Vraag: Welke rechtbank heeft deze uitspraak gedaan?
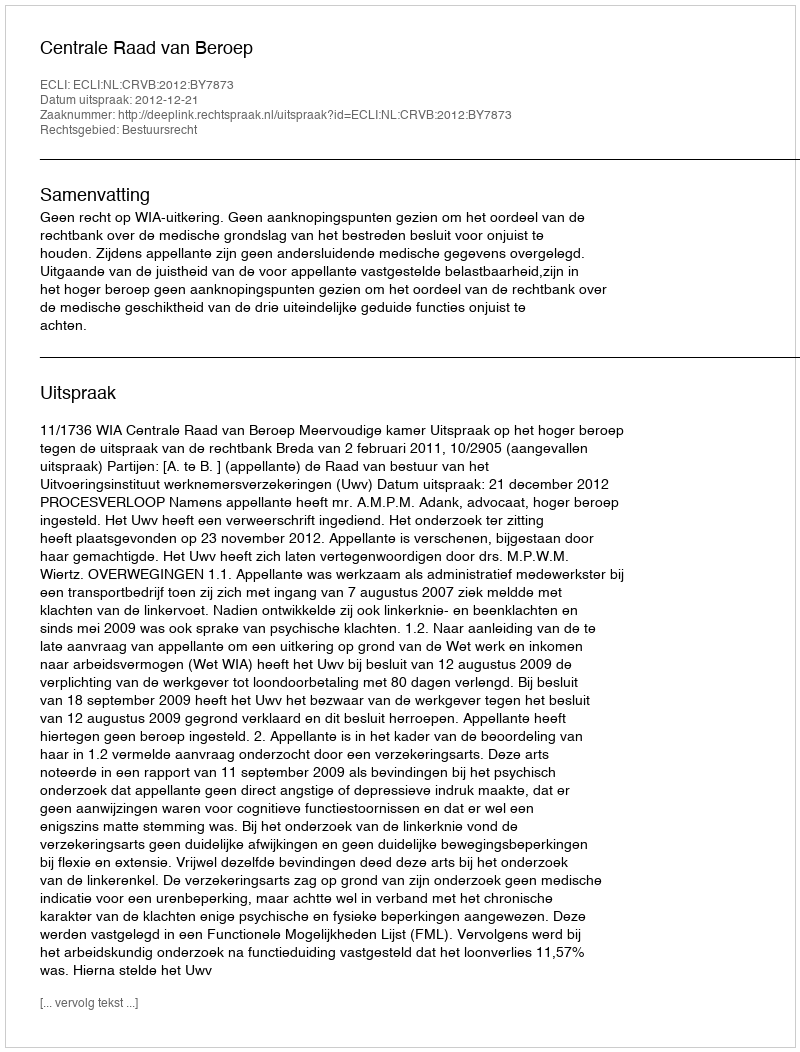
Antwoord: Centrale Raad van Beroep